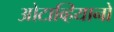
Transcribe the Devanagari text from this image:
ओटाव्हियानो